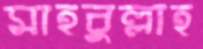
মাহবুল্লাহ